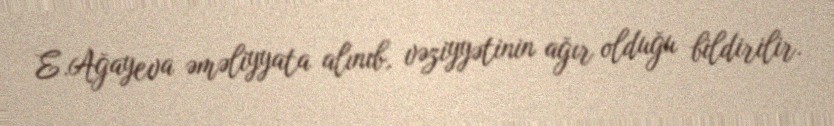
E.Ağayeva əməliyyata alınıb, vəziyyətinin ağır olduğu bildirilir.